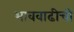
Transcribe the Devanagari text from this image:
भाववाढीची